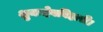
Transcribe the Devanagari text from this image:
शुकदेवबिहारी।